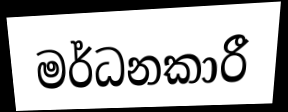
මර්ධනකාරී